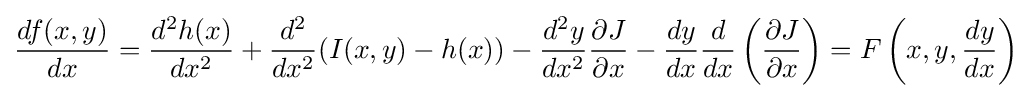
{df(x,y) \over dx}={d^{2}h(x) \over dx^{2}}+{d^{2} \over dx^{2}}(I(x,y)-h(x))-{d^{2}y \over dx^{2}}{\partial J \over \partial x}-{dy \over dx}{d \over dx}\left({\partial J \over \partial x}\right)=F\left(x,y,{dy \over dx}\right)